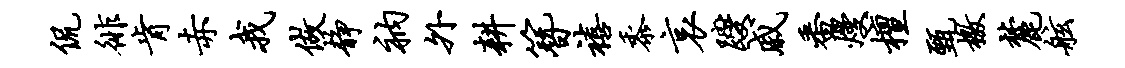
侃徘肯赤我做静衲外耕簪禧黍哀躞戚番熳檀甄檄麓舷